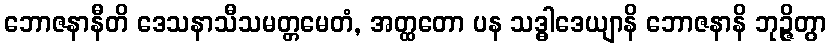
ဘောဇနာနီတိ ဒေသနာသီသမတ္တမေတံ, အတ္ထတော ပန သဒ္ဓါဒေယျာနိ ဘောဇနာနိ ဘုဉ္ဇိတွာ